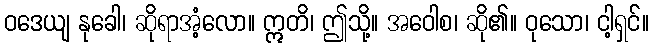
ဝဒေယျ နုခေါ၊ ဆိုရာအံ့လော။ ဣတိ၊ ဤသို့။ အဝေါစ၊ ဆို၏။ ဝုသော၊ ငါ့ရှင်။